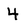
Character: 4